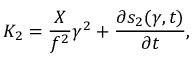
K _ { 2 } = \frac { X } { f ^ { 2 } } \gamma ^ { 2 } + \frac { \partial s _ { 2 } ( \gamma , t ) } { \partial t } ,